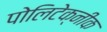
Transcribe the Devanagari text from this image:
पोलिटेक्नीक